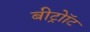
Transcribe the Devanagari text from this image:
बीट्रोॉट